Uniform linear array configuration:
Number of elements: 48
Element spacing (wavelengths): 0.75
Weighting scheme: binomial
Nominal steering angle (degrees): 15
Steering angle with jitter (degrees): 15.631
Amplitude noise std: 0.05
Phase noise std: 0.05

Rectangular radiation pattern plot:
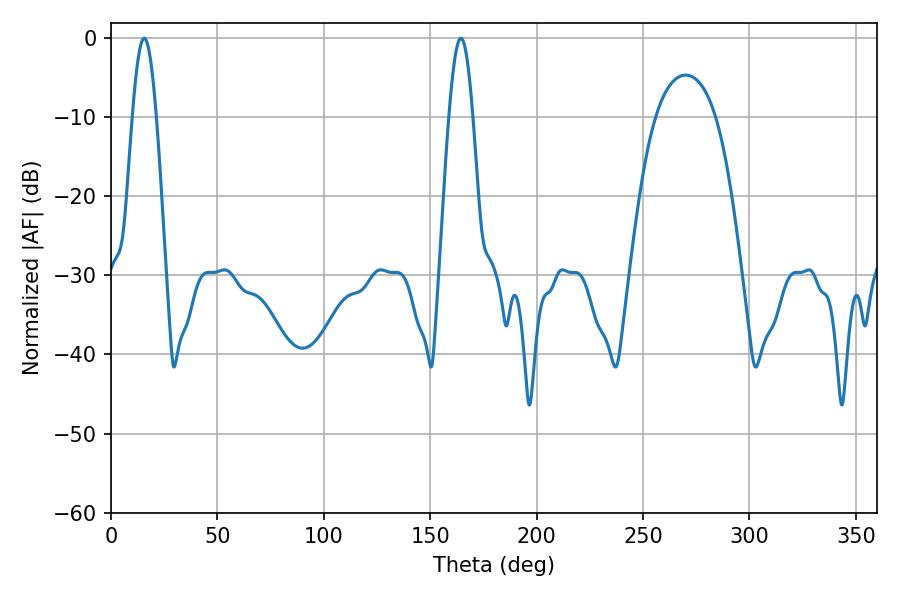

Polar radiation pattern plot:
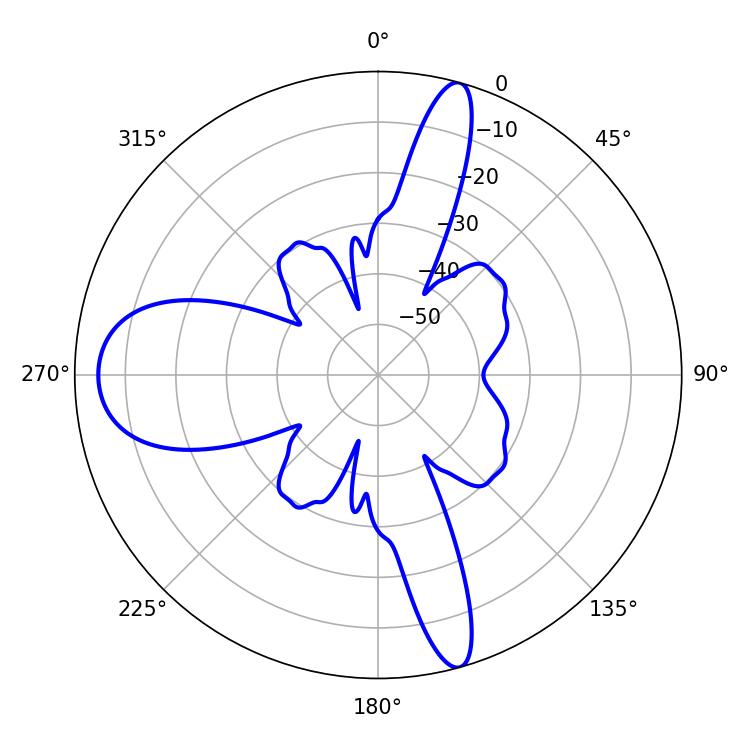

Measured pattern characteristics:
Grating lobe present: TRUE
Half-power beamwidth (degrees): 5.94
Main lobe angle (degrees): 15.66